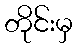
တိုင်းမှ